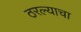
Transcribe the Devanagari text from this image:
ठरल्याचा